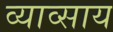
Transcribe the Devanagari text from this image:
व्याव्साय